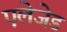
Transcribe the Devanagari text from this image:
एलेजेड